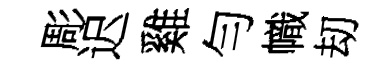
彫迟雞勻幟刧